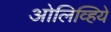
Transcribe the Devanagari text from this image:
ओलिव्हिये